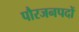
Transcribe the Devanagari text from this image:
पौरजनपदों